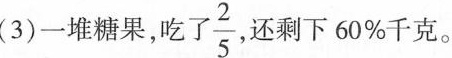
(3)一堆糖果，吃了\frac{2}{5}，还剩下60%千克。